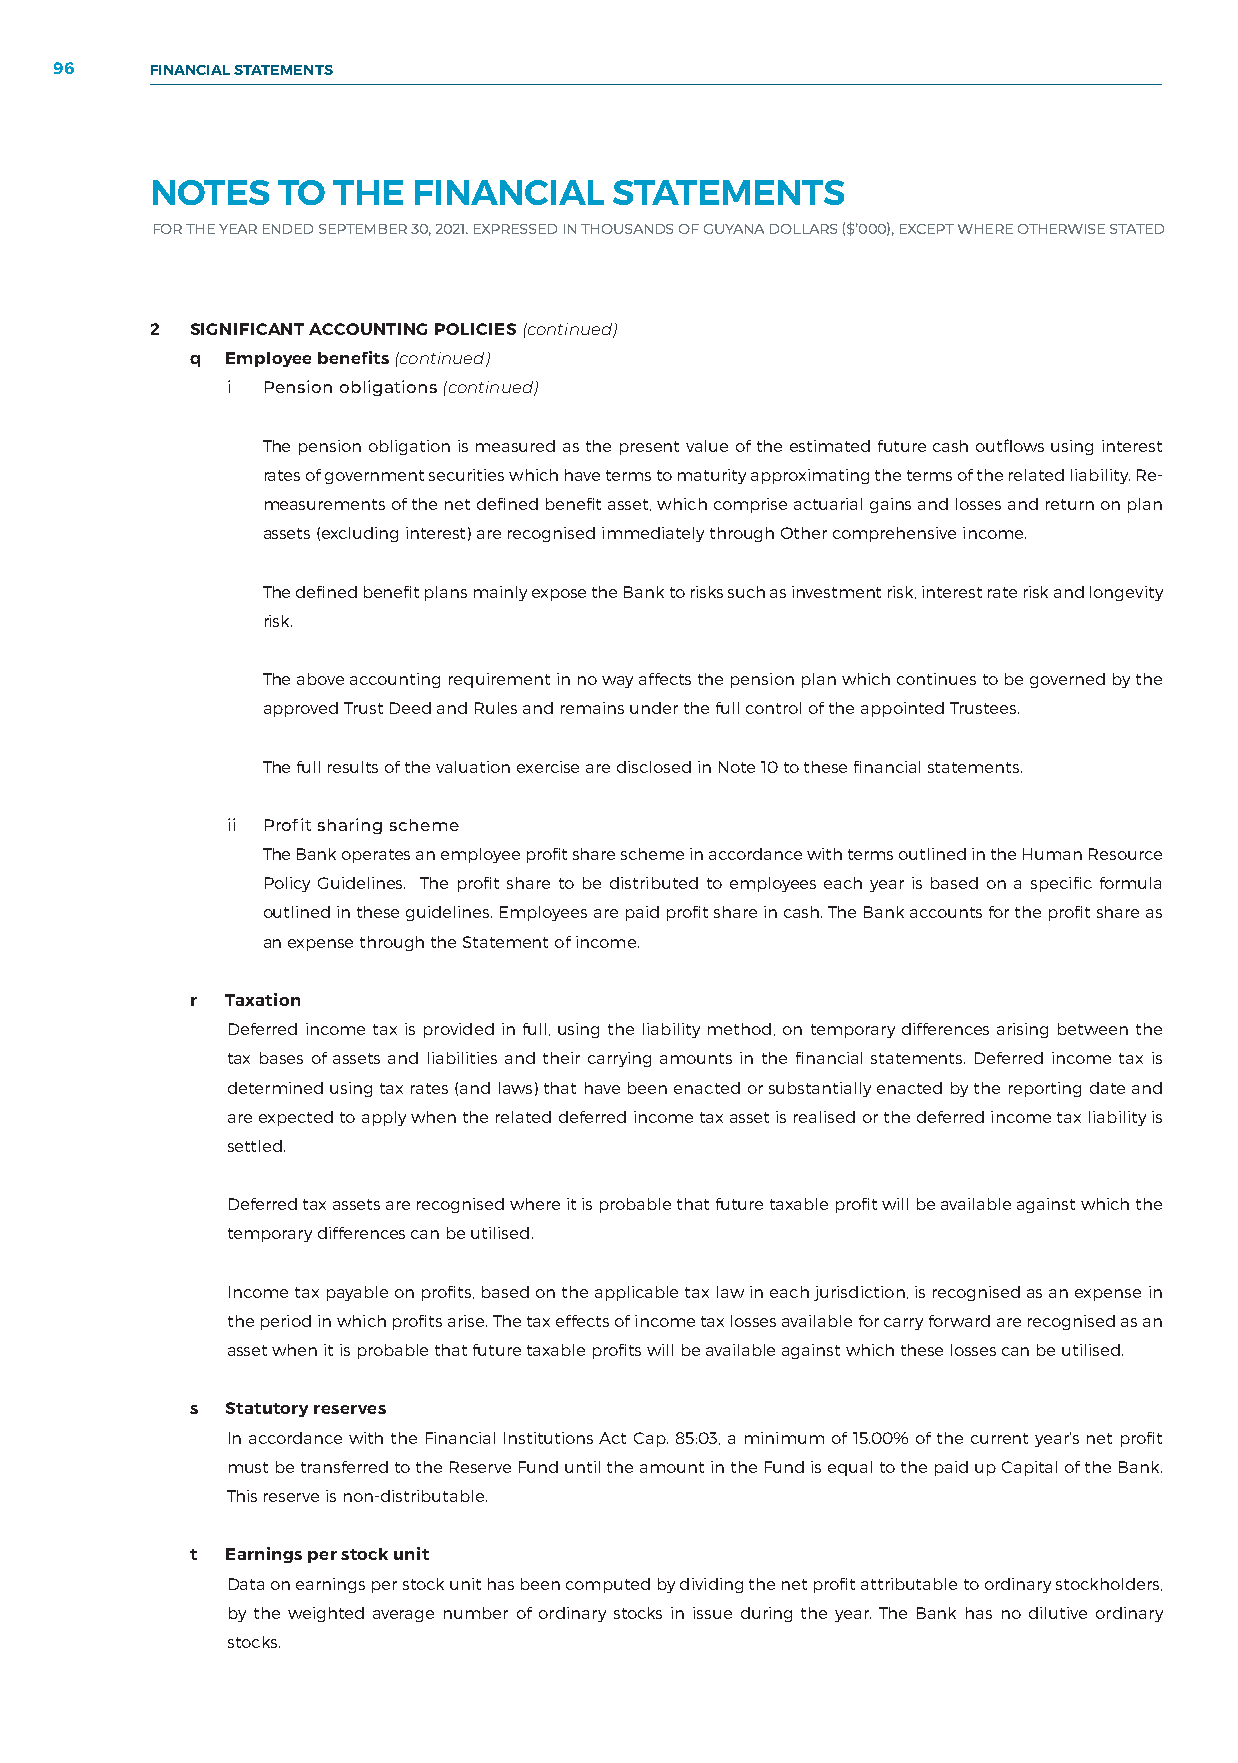
96    FINANCIAL STATEMENTS
 NOTES   TO  THE  FINANCIAL     STATEMENTS
 FOR THE YEAR ENDED SEPTEMBER 30, 2021. EXPRESSED IN THOUSANDS OF GUYANA DOLLARS ($’000), EXCEPT WHERE OTHERWISE STATED
 2  SIGNIFICANT ACCOUNTING POLICIES (continued)
 q Employee benefits (continued)
 i Pension obligations (continued)
 The pension obligation is measured as the present value of the estimated future cash outflows using interest
 rates of government securities which have terms to maturity approximating the terms of the related liability. Re-
 measurements of the net defined benefit asset, which comprise actuarial gains and losses and return on plan
 assets (excluding interest) are recognised immediately through Other comprehensive income.
 The defined benefit plans mainly expose the Bank to risks such as investment risk, interest rate risk and longevity
 risk.
 The above accounting requirement in no way affects the pension plan which continues to be governed by the
 approved Trust Deed and Rules and remains under the full control of the appointed Trustees.
 The full results of the valuation exercise are disclosed in Note 10 to these financial statements.
 ii Profit sharing scheme
 The Bank operates an employee profit share scheme in accordance with terms outlined in the Human Resource
 Policy Guidelines. The profit share to be distributed to employees each year is based on a specific formula
 outlined in these guidelines. Employees are paid profit share in cash. The Bank accounts for the profit share as
 an expense through the Statement of income.
 r Taxation
 Deferred income tax is provided in full, using the liability method, on temporary differences arising between the
 tax bases of assets and liabilities and their carrying amounts in the financial statements. Deferred income tax is
 determined using tax rates (and laws) that have been enacted or substantially enacted by the reporting date and
 are expected to apply when the related deferred income tax asset is realised or the deferred income tax liability is
 settled.
 Deferred tax assets are recognised where it is probable that future taxable profit will be available against which the
 temporary differences can be utilised.
 Income tax payable on profits, based on the applicable tax law in each jurisdiction, is recognised as an expense in
 the period in which profits arise. The tax effects of income tax losses available for carry forward are recognised as an
 asset when it is probable that future taxable profits will be available against which these losses can be utilised.
 s Statutory reserves
 In accordance with the Financial Institutions Act Cap. 85:03, a minimum of 15.00% of the current year’s net profit
 must be transferred to the Reserve Fund until the amount in the Fund is equal to the paid up Capital of the Bank.
 This reserve is non-distributable.
 t Earnings per stock unit
 Data on earnings per stock unit has been computed by dividing the net profit attributable to ordinary stockholders,
 by the weighted average number of ordinary stocks in issue during the year. The Bank has no dilutive ordinary
 stocks.